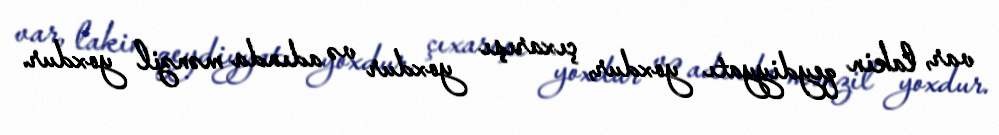
var, lakin qeydiyyatı yoxdur, çıxarışı yoxdur və adında mənzil yoxdur.